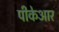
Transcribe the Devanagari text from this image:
पीकेआर